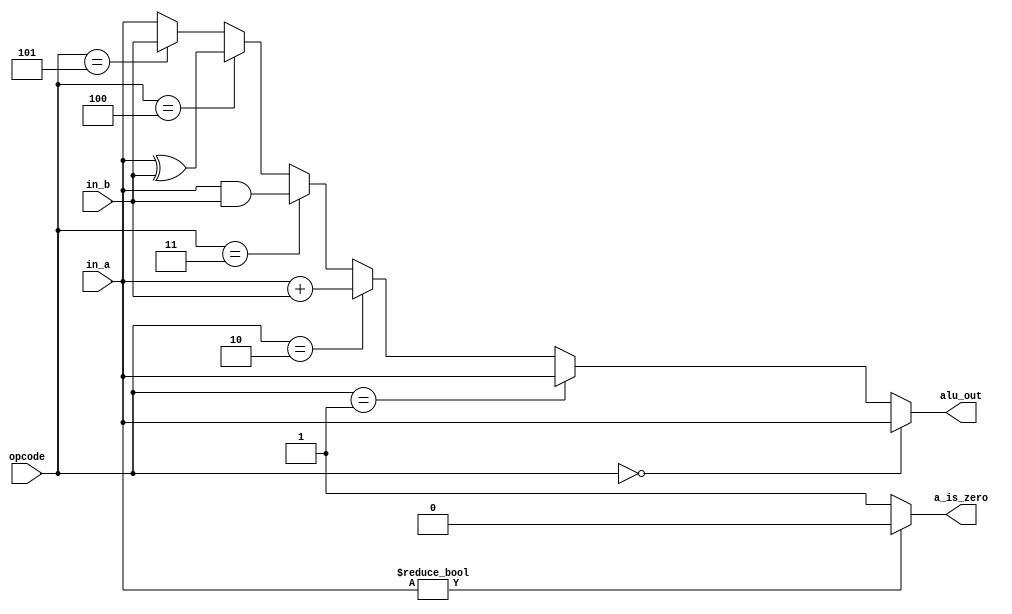
module alu
#(parameter WIDTH = 8)
( input wire [WIDTH-1:0] in_a,
  input wire [WIDTH-1:0] in_b,
  input wire [2:0] opcode,
  output reg [WIDTH-1:0] alu_out,
  output wire a_is_zero );

  assign a_is_zero = in_a ? 1'b0: 1'b1;

  always @ ( * )
  begin
      if ( opcode == 3'b000 )
        begin
          alu_out = in_a;
        end
      else if ( opcode == 3'b001 )
        begin
          alu_out = in_a;
        end
      else if ( opcode == 3'b010 )
        begin
          alu_out = in_a + in_b;
        end
      else if ( opcode == 3'b011 )
        begin
          alu_out = in_a & in_b;
        end
      else if ( opcode == 3'b100 )
        begin
          alu_out = in_a ^ in_b;
        end
      else if ( opcode == 3'b101 )
        begin
          alu_out = in_b;
        end
      else if ( opcode == 3'b110 )
        begin
          alu_out = in_a;
        end
      else if ( opcode == 3'b111 )
        begin
          alu_out = in_a;
        end
      else
        begin
          alu_out = in_a;
        end
  end
endmodule